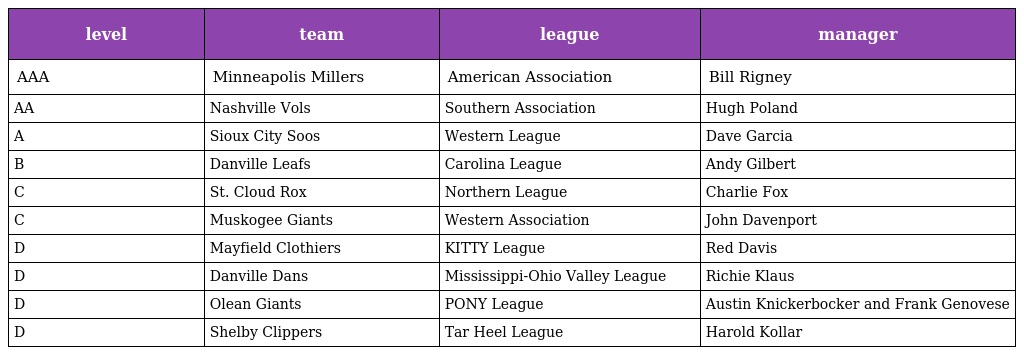
| level | team | league | manager |
 | --- | --- | --- | --- |
 | AAA | Minneapolis Millers | American Association | Bill Rigney |
 | AA | Nashville Vols | Southern Association | Hugh Poland |
 | A | Sioux City Soos | Western League | Dave Garcia |
 | B | Danville Leafs | Carolina League | Andy Gilbert |
 | C | St. Cloud Rox | Northern League | Charlie Fox |
 | C | Muskogee Giants | Western Association | John Davenport |
 | D | Mayfield Clothiers | KITTY League | Red Davis |
 | D | Danville Dans | Mississippi-Ohio Valley League | Richie Klaus |
 | D | Olean Giants | PONY League | Austin Knickerbocker and Frank Genovese |
 | D | Shelby Clippers | Tar Heel League | Harold Kollar |